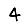
Digit: 4